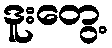
ဒူးတွေ့